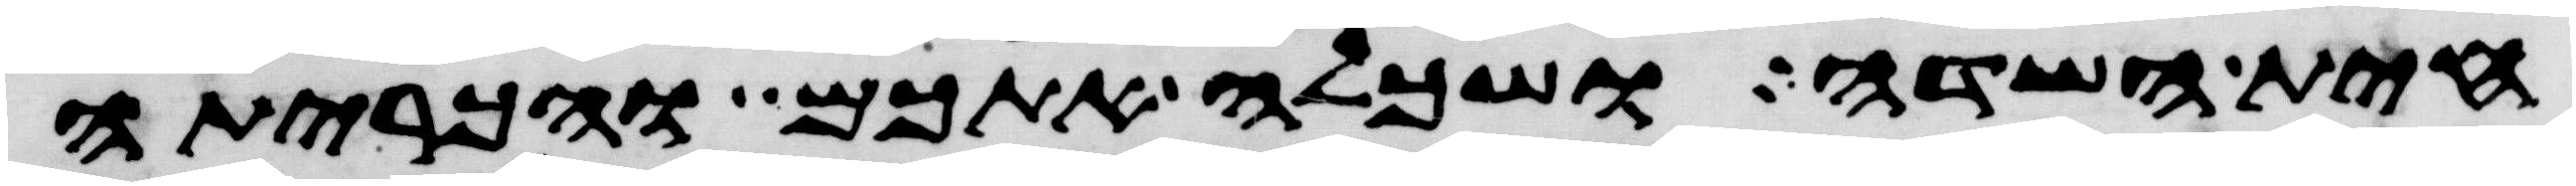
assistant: חית השדה ושכלה אתכם והכריתה